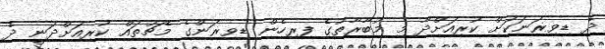
ދެ ޑިވިޜަނަކަށް ކުރިއަށްދާ މި މުބާރާތުގެ ފިރިހެން ޑިވިޜަންގެ މެޗުތައް ކުރިއަށްދަނީ ދެ